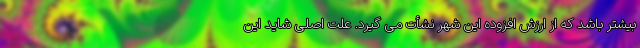
بیشتر باشد که از ارزش افزوده این شهر نشأت می گیرد. علت اصلی شاید این